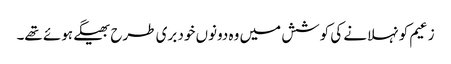
زعیم کو نہلانے کی کوشش میں وہ دونوں خود بری طرح بھیگے ہوئے تھے۔